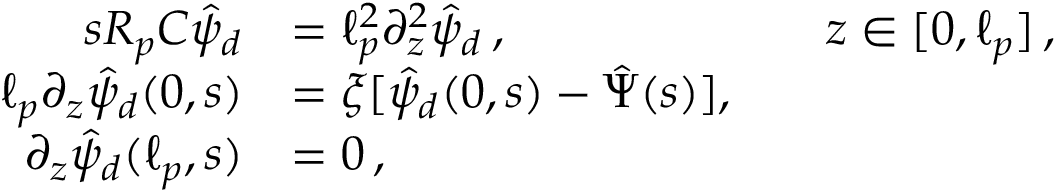
\begin{array} { r l r l } { s R _ { p } C \hat { \psi } _ { d } } & { = \ell _ { p } ^ { 2 } \partial _ { z } ^ { 2 } \hat { \psi } _ { d } \, , } & & { z \in [ 0 , \ell _ { p } ] \, , } \\ { \ell _ { p } \partial _ { z } \hat { \psi } _ { d } ( 0 , s ) } & { = \xi [ \hat { \psi } _ { d } ( 0 , s ) - \hat { \Psi } ( s ) ] , } \\ { \partial _ { z } \hat { \psi } _ { d } ( \ell _ { p } , s ) } & { = 0 \, , } \end{array}